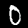
Digit: 0